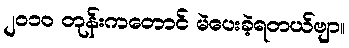
၂၀၁၀ တုန်းကတောင် မဲပေးခဲ့ရတယ်ဗျာ။